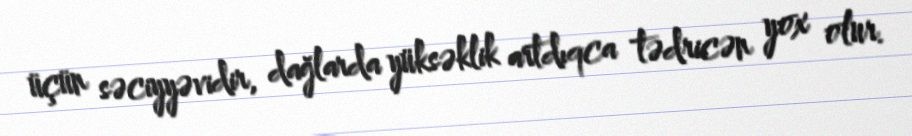
üçün səciyyəvidir, dağlarda yüksəklik artdıqca tədricən yox olur.